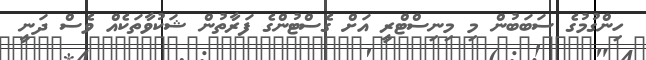
ހިންގުމުގެ ސަބަބުން މި މިނިސްޓްރީ އަށް ގެސްޓުންގެ ފަރާތުން ޝަކުވާތަކެއް ވެސް ދަނީ